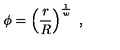
\phi = \left( { \frac { r } { R } } \right) ^ { \frac { 1 } { w } } \ ,